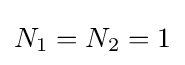
N_{1}=N_{2}=1